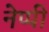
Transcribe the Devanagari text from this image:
नेप्पी